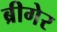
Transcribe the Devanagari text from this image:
ब्रीगेर